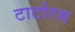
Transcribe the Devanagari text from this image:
टार्टारस